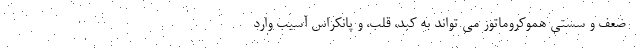
- ضعف و سستی هموکروماتوز می تواند به کبد، قلب، و پانکراس آسیب وارد